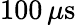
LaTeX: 100\, \mu\mathrm{s}